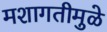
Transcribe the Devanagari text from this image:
मशागतीमुळे